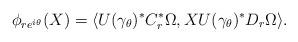
LaTeX: \begin{align*}\phi_{re^{i\theta}}(X)=\langle U(\gamma_\theta)^*C_r^*\Omega,XU(\gamma_\theta)^*D_r\Omega\rangle.\end{align*}